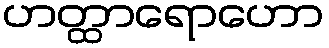
ဟတ္ထာရောဟော